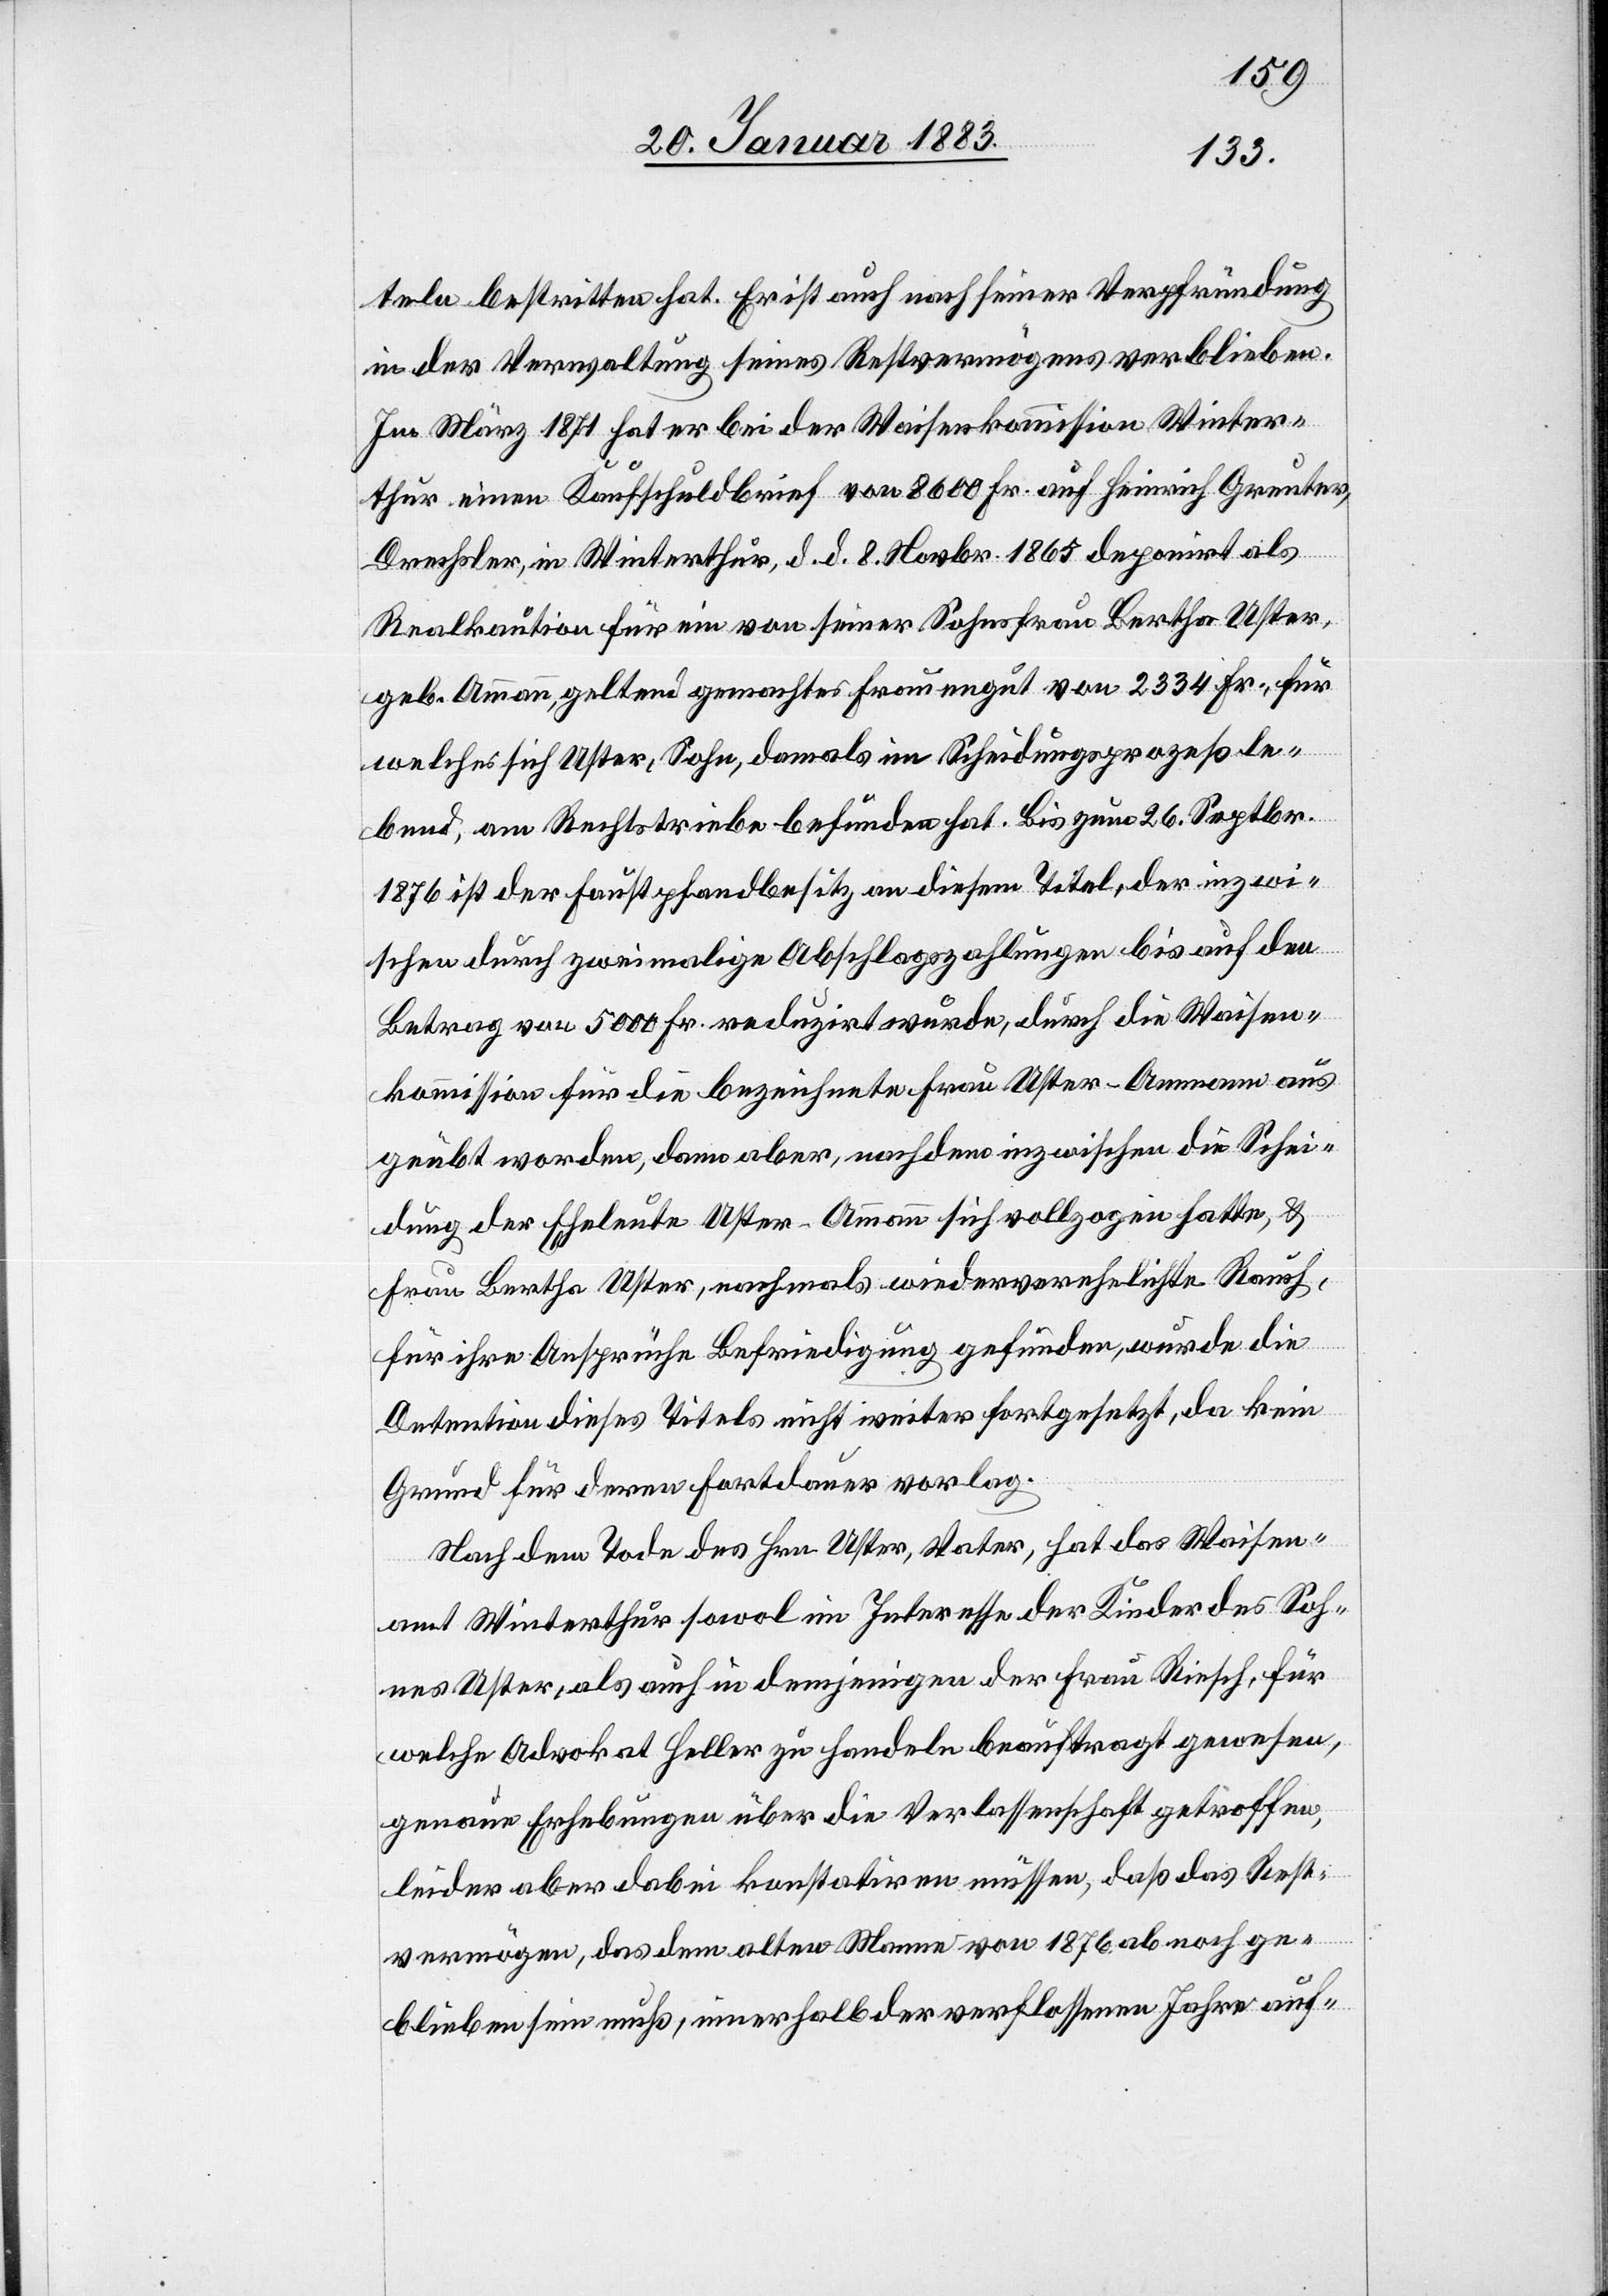
teln bestritten hat. Er ist auch nach seiner Verpfründung
in der Verwaltung seines Restvermögens verblieben.
Im März 1871 hat er bei der Waisenkommission Winter¬
thur einen Kaufschuldbrief von 8600 Fr. auf Heinrich Greuter,
Drechsler, in Winterthur, d. d. 8. Novbr. 1865 deponirt als
Realkaution für ein von seiner Sohnsfrau Bertha Uster,
geb. Ammann, geltend gemachtes Frauengut von 2334 Fr., für
welches sich Uster, Sohn, damals im Scheidungsprozeß le¬
bend, am Rechtstriebe befunden hat. Bis zum 26. Septbr.
1876 ist der Faustpfandbesitz an diesem Titel, der inzwi¬
schen durch zweimalige Abschlagszahlungen bis auf den
Betrag von 5000 Fr. reduzirt wurde, durch die Waisen¬
kommission für die bezeichnete Frau Uster-Ammann aus
geübt worden, dann aber, nachdem inzwischen die Schei¬
dung der Eheleute Uster-Ammann sich vollzogen hatte, &
Frau Bertha Uster, nachmals wiederverehelichte Rausch,
für ihre Ansprüche Befriedigung gefunden, wurde die
Detention dieses Titels nicht weiter fortgesetzt, da kein
Grund für deren Fortdauer vorlag.
Nach dem Tode des Hrn. Uster, Vater, hat das Waisen¬
amt Winterthur sowol im Interesse der Kinder des Soh¬
nes Uster, als auch in demjenigen der Frau Riesch, für
welche Advokat Heller zu handeln beauftragt gewesen,
genaue Erhebungen über die Verlassenschaft getroffen,
leider aber dabei konstatiren müssen, daß das Rest¬
vermögen, das dem alten Manne von 1876 ab noch ge¬
blieben sein muß, innerhalb der verflossenen Jahre auf-